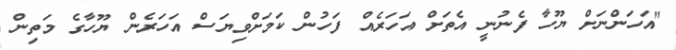
"އަހަންނަށް ޔޫހާ ފެނުނީ އެތަށް އަހަރެއް ފަހުން ކަމަށްވިޔަސް އަހަރެން ޔޫހާގެ މަތިން